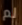
لم